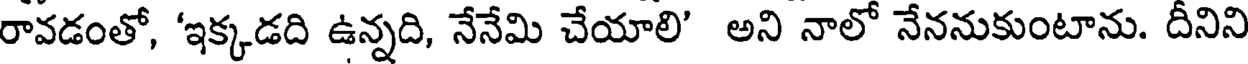
రావడంతో, 'ఇక్కడది ఉన్నది, నేనేమి చేయాలి' అని నాలో నేననుకుంటాను. దీనిని